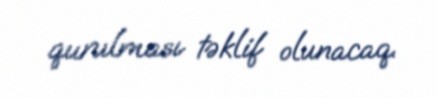
qurulması təklif olunacaq.